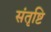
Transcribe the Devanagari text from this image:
संतृष्टि